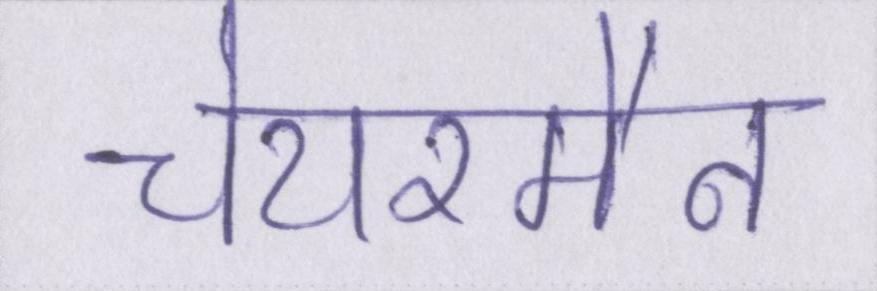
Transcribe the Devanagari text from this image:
चेयरमैन